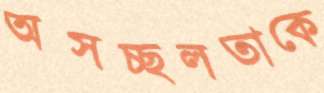
অসচ্ছলতাকে